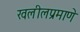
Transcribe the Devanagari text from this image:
खलीलप्रमाणे